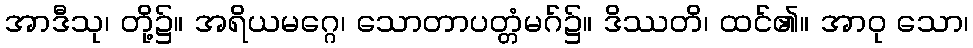
အာဒီသု၊ တို့၌။ အရိယမဂ္ဂေ၊ သောတာပတ္တံမဂ်၌။ ဒိဿတိ၊ ထင်၏။ အာဝု သော၊